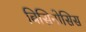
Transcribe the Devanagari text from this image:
बिसिनोसिस